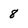
Character: 8